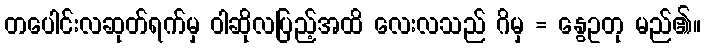
တပေါင်းလဆုတ်ရက်မှ ဝါဆိုလပြည့်အထိ လေးလသည် ဂိမှ = နွေဥတု မည်၏။